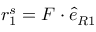
\boldsymbol { r } _ { 1 } ^ { s } = \boldsymbol { F } \cdot \boldsymbol { \hat { e } } _ { R 1 }